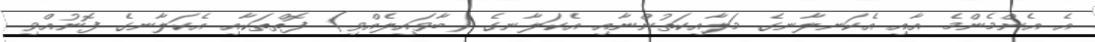
އެ އެންމެންމެ އާއި އެކަނލާނގެ މަލާއިކަތުންނާއި އެކަލާނގެ (ބާވައިލެއްވި) ފޮތްތަކާއި އެކަލާނގެ ފޮނުއްވި